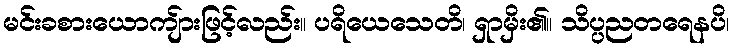
မင်းခစားယောကျ်ားဖြင့်လည်း။ ပရိယေသေတိ၊ ရှာမှိး၏။ သိပ္ပညတရေနပိ၊